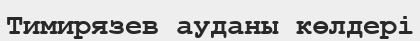
Тимирязев ауданы көлдері